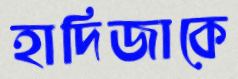
হাদিজাকে